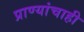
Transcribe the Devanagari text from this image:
प्राण्यांचाही